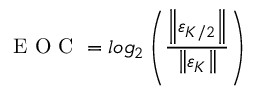
\textrm { E O C } = l o g _ { 2 } \left( \frac { \left\| \varepsilon _ { K / 2 } \right\| } { \left\| \varepsilon _ { K } \right\| } \right)